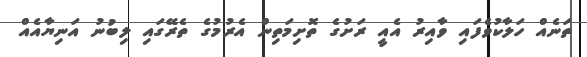
ތަނެއް ހަލާކުވެފައި ވާއިރު އެއީ ރަށުގެ ތޮށިމަތިން އެރުމުގެ ތެރޭގައި ލިބުނު އަނިޔާއެއް